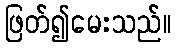
ဖြတ်၍မေးသည်။